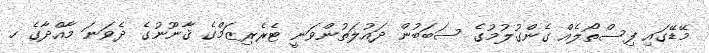
މޭޑޭގައި ފިސްތޯލެއް ގެންގުލުމުގެ ސަބަބުން ދައުލަތުންވަނީ ޓެރެރިޒަމްގެ ޤާނޫނުގެ ދެވަނަ މާއްދާގެ ހ